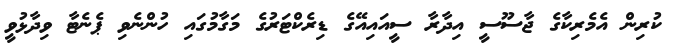
ކުރިން އެމެރިކާގެ ޖާސޫސީ އިދާރާ ސީއައިއޭގެ ޑިރެކްޓަރުގެ މަގާމުގައި ހުންނެވި ޕެނެޓާ ވިދާޅުވީ